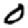
Digit: 0